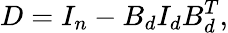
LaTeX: D=I_{n}-B_{d}I_{d}B_{d}^{T},